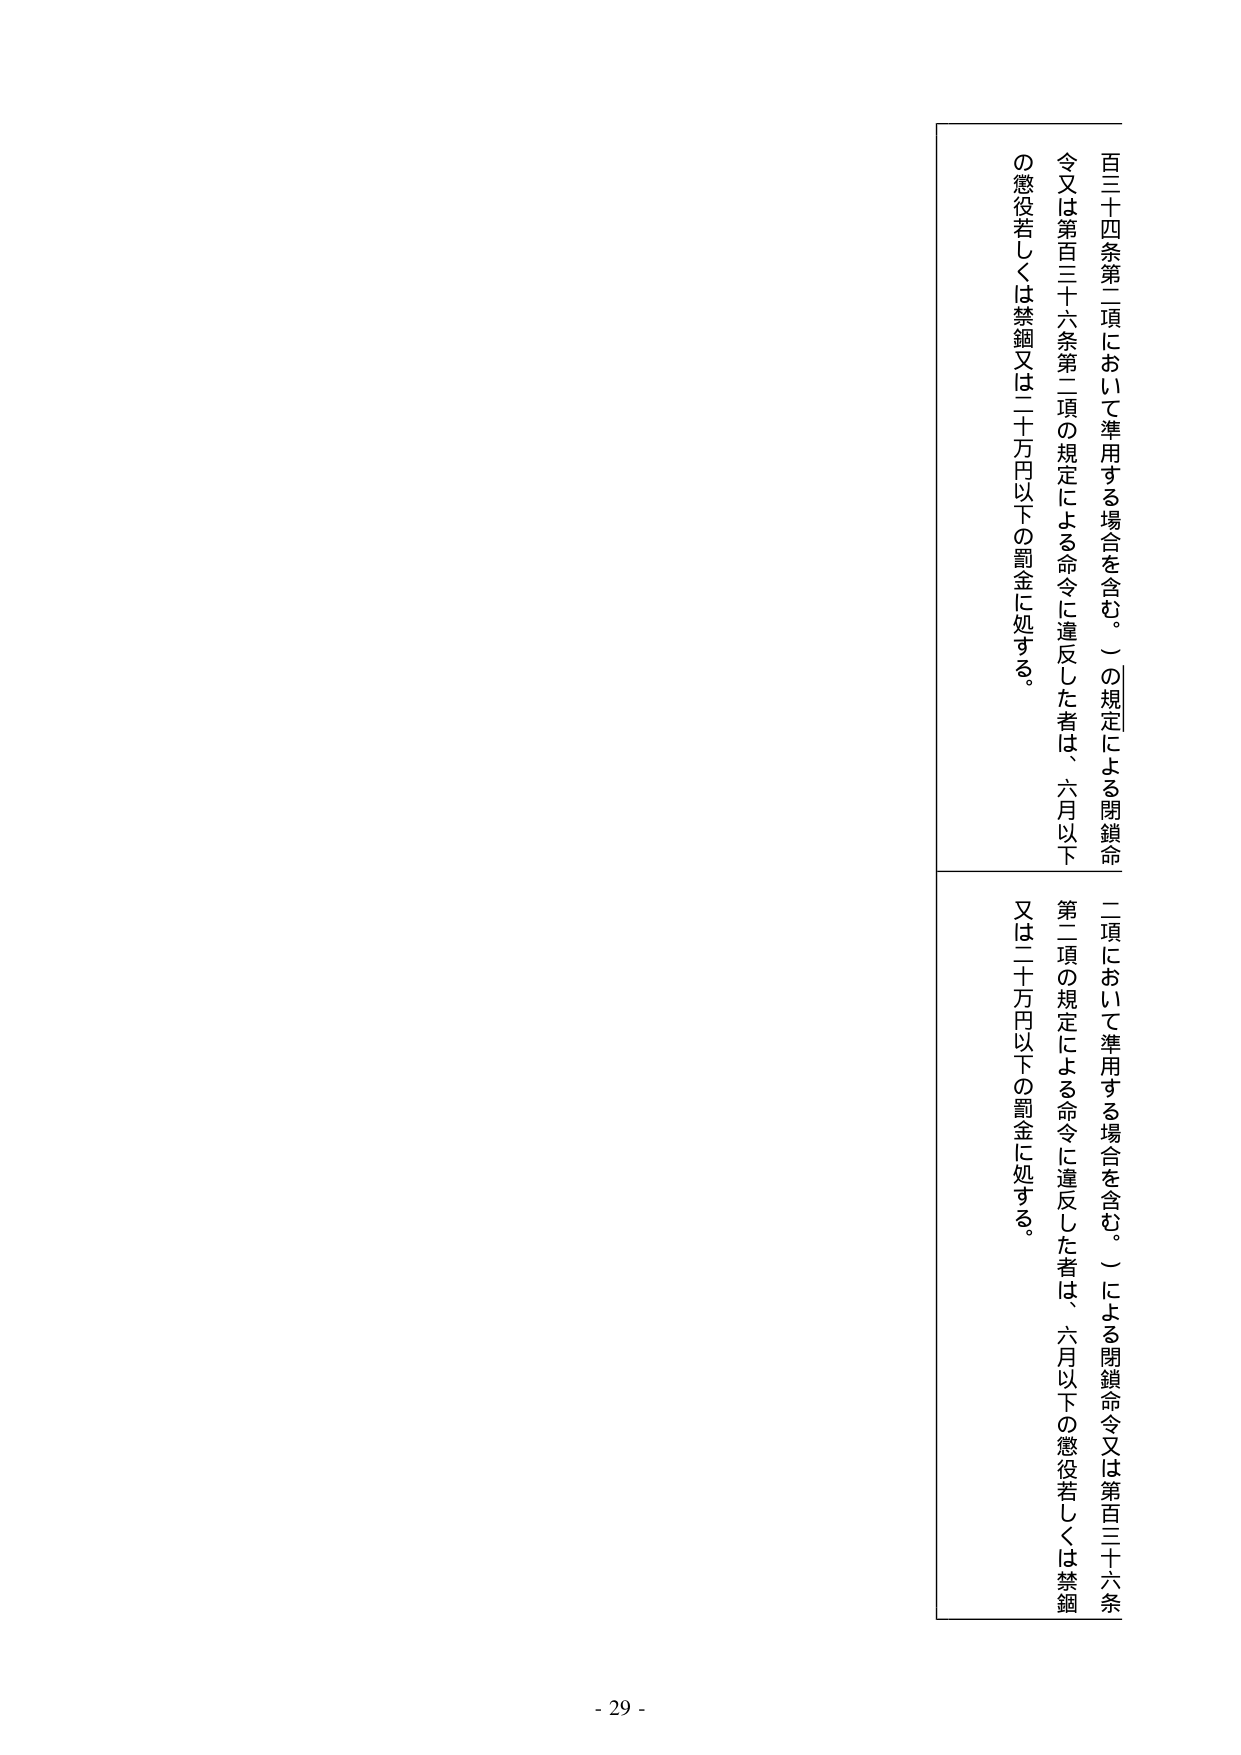
百三十四条第二項において準用する場合を含む。）の規定による閉鎖命
令又は第百三十六条第二項の規定による命令に違反した者は、六月以下
の懲役若しくは禁錮又は二十万円以下の罰金に処する。

二項において準用する場合を含む。）による閉鎖命令又は第百三十六条
第二項の規定による命令に違反した者は、六月以下の懲役若しくは禁錮
又は二十万円以下の罰金に処する。

- 29 -